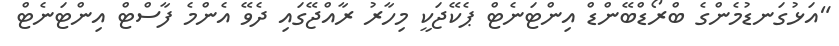
"އަޅުގަނޑުމެންގެ ބްރޯޑްބޭންޑް އިންޓަނެޓް ޕެކޭޖަކީ މިހާރު ރާއްޖޭގައި ދެވޭ އެންމެ ފާސްޓް އިންޓަނެޓް